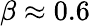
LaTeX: \beta\approx 0.6